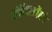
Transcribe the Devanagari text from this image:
संहिताओंको